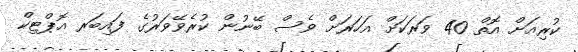
ކުރިއަށް އޮތް 40 ވަރަކަށް އަހަރަށް ވެސް ބޭނުން ކުރެވޭވަރުގެ ފައިބަރ އޮޕްޓިކް